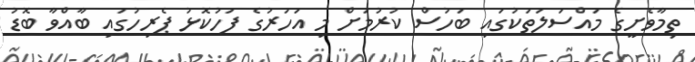
ތިމާވެށީގެ މައްސަލަތަކުގައި ބަހުސް ކުރުމަށް މި އަހަރުގެ ފަހުކޮޅު ޕެރިހުގައި ބާއްވާ ބޮޑު